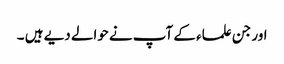
اور جن علماء کے آپ نے‌حوالے دیے ہیں ۔